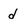
Character: d